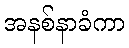
အနစ်နာခံကာ